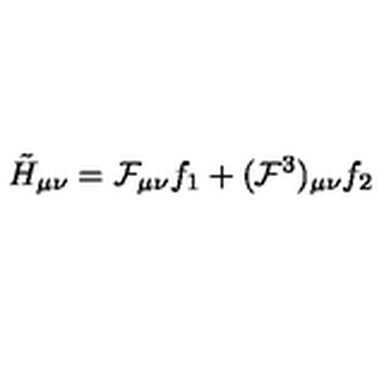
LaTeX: \tilde { H } _ { \mu \nu } = { \cal F } _ { \mu \nu } f _ { 1 } + ( { \cal F } ^ { 3 } ) _ { \mu \nu } f _ { 2 }